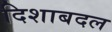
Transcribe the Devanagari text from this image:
दिशाबदल